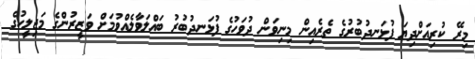
މިރޭ ކުރިއަށްދިޔަ ފުޅަނދުބުރުގެ ތެރެއިން މިނިވަން ދުވަހުގެ ފުޅަނދުބުރު ބައްލަވާލެއްވުމަށް ވަޒީރުންގެ މަޖިލީހުގެ